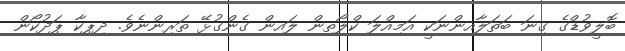
ބޮލީވުޑްގެ ގިނަ ބަތަލާއިންނަކީ އަމިއްލަ ކްލޯތިން ލައިން ގެންގުޅޭ ތަރިންނެވެ. ދިޕިކާ ޕަދުކޯން